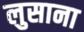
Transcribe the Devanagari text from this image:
लुसाना